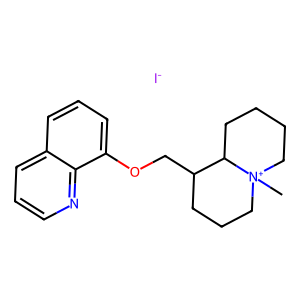
SMILES: C[N+]12CCCCC1C(COc1cccc3cccnc13)CCC2.[I-]
Inhibits HIV replication: No